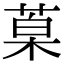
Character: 𮏦